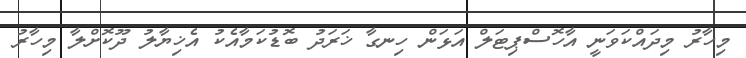
މިހާރު މިދައްކަވަނީ އާހޮސްޕިޓަލް އަޅަން ހިނގާ ޚަރަދު ބޮޑުކަމާއެކު އެޚިޔާލު ދޫކޮށްލާ މިހާރު